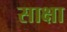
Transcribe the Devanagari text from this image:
साक्षा